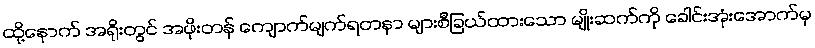
ထို့နောက် အရိုးတွင် အဖိုးတန် ကျောက်မျက်ရတနာ များစီခြယ်ထားသော မျိုးဆက်ကို ခေါင်းအုံးအောက်မှ